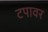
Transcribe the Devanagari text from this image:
टपावर